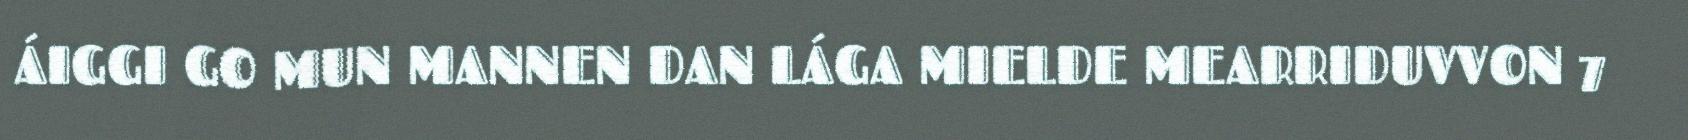
ÁIGGI GO MUN MANNEN DAN LÁGA MIELDE MEARRIDUVVON 7